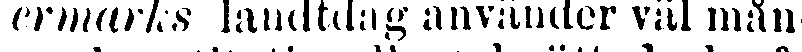
ermarks landtdag använder väl mån